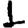
Digit: 1